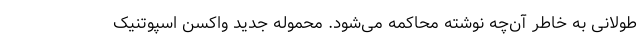
طولانی به خاطر آن‌چه نوشته محاکمه می‌شود. محموله جدید واکسن اسپوتنیک